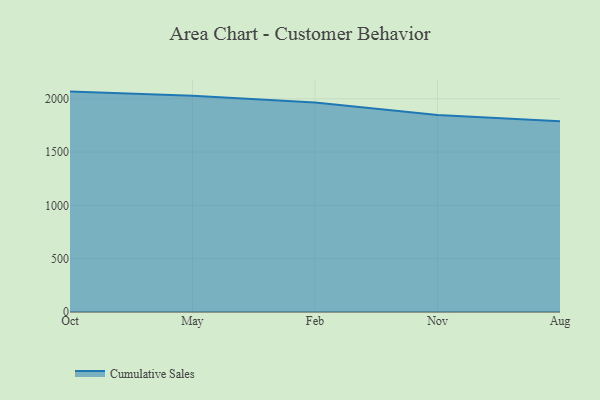
{"axis": {"x": "Month", "y": "Latency (ms)"}, "legend": ["Cumulative Sales"], "data": [{"x": "Oct", "y": 2067.0, "type": "Cumulative Sales"}, {"x": "May", "y": 2027.6, "type": "Cumulative Sales"}, {"x": "Feb", "y": 1964.3, "type": "Cumulative Sales"}, {"x": "Nov", "y": 1848.5, "type": "Cumulative Sales"}, {"x": "Aug", "y": 1790.0, "type": "Cumulative Sales"}]}